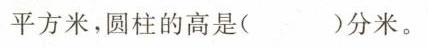
平方米，圆柱的高是( )分米。